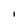
Character: I